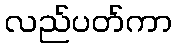
လည်ပတ်ကာ